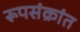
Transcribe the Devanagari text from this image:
रूपसंक्रांत